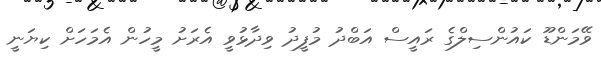
ވޭމަންޑޫ ކައުންސިލްގެ ރައީސް އަބްދު މުފީދު ވިދާޅުވީ އެރަށު މީހުން އެމަހަށް ކިޔަނީ